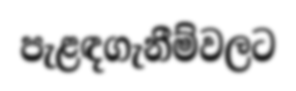
පැළඳගැනීම්වලට